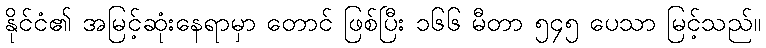
နိုင်ငံ၏ အမြင့်ဆုံးနေရာမှာ တောင် ဖြစ်ပြီး ၁၆၆ မီတာ ၅၄၅ ပေသာ မြင့်သည်။